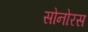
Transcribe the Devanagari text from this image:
सोनोरस